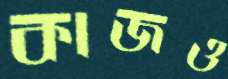
কাজও